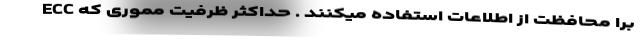
ECC برا محافظت از اطلاعات استفاده میکنند . حداکثر ظرفیت مموری که